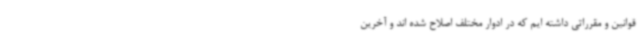
قوانین و مقرراتی داشته ایم که در ادوار مختلف اصلاح شده اند و آخرین